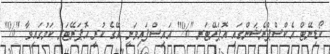
ކޯޑިނޭޓް އެކްސްޕްރެޝަންގައި އޮޕަރޭޓަރ "%" އައިސްފައިވަނީ އޭގެ ކުރީ އޮޕަރޭޓަރ ކަމުގައިވާ "%"